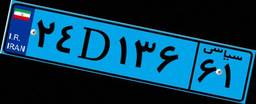
۲۴D۱۳۶۶۱